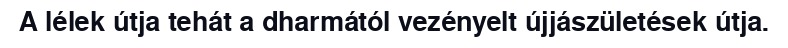
A lélek útja tehát a dharmától vezényelt újjászületések útja.